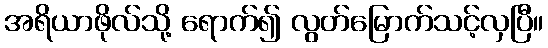
အရိယာဖိုလ်သို့ ရောက်၍ လွတ်မြောက်သင့်လှပြီ။